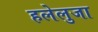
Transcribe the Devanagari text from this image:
हलेलुजा